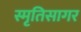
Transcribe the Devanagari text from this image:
स्मृतिसागर